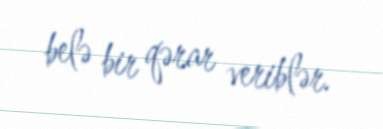
belə bir qərar veriblər.